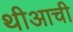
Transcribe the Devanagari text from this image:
थीआची